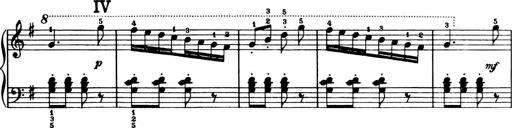
Title: Analytical Sonatinas
Composer: Frank Lynes